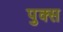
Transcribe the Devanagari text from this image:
पुक्स